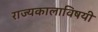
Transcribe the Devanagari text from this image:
राज्यकालाविषयी